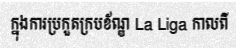
ក្នុងការប្រកួតក្របខ័ណ្ឌ La Liga កាលពី